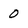
Character: 0